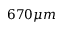
6 7 0 \mu m